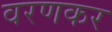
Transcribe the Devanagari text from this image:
वरणकर